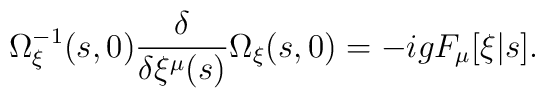
\Omega^{-1}_\xi(s,0) \frac{\delta}{\delta \xi^\mu(s)} \Omega_\xi(s,0)   = -ig F_\mu[\xi|s].